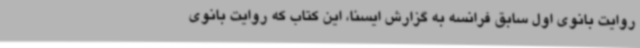
روایت بانوی اول سابق فرانسه به گزارش ایسنا، این کتاب که روایت بانوی